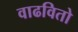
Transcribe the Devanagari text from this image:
वाढवितो